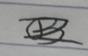
Signature authenticity: forged